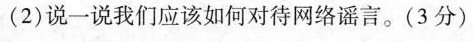
(2)说一说我们应该如何对待网络谣言。(3分)